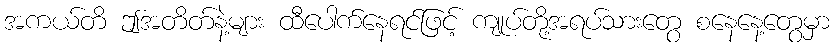
အကယ်တိ ဤအတိတ်နဲ့များ ထီပေါက်နေရင်ဖြင့် ကျုပ်တို့အရပ်သားတွေ စနေနေ့တွေမှာ